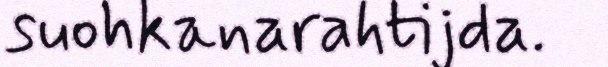
suohkanarahtijda.